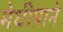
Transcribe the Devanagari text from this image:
मेथीपाने